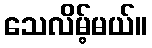
သေလိမ့်မယ်။